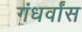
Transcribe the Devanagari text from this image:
गंधर्वांस